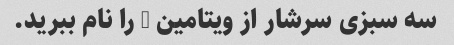
سه سبزی سرشار از ویتامین C را نام ببرید.